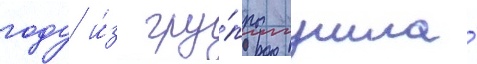
году и́з гру́ппы ушла́